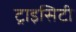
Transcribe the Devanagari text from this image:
ट्राइसिटी